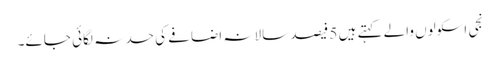
نجی اسکولوں والے کہتے ہیں 5 فیصد سالانہ اضافے کی حد نہ لگائی جائے۔